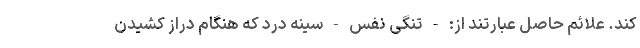
کند. علائم حاصل عبارتند از: - تنگی نفس - سینه درد که هنگام دراز کشیدن